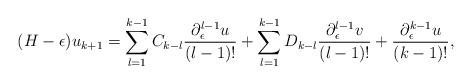
LaTeX: \begin{align*}(H-\epsilon)u_{k+1}=\sum_{l=1}^{k-1}C_{k-l}\frac{\partial_{\epsilon}^{l-1}u}{(l-1)!}+\sum_{l=1}^{k-1}D_{k-l}\frac{\partial_{\epsilon}^{l-1}v}{(l-1)!}+\frac{\partial_\epsilon^{k-1}u}{(k-1)!},\end{align*}